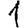
Digit: 1